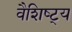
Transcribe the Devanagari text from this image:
वैशिष्ट्‍य